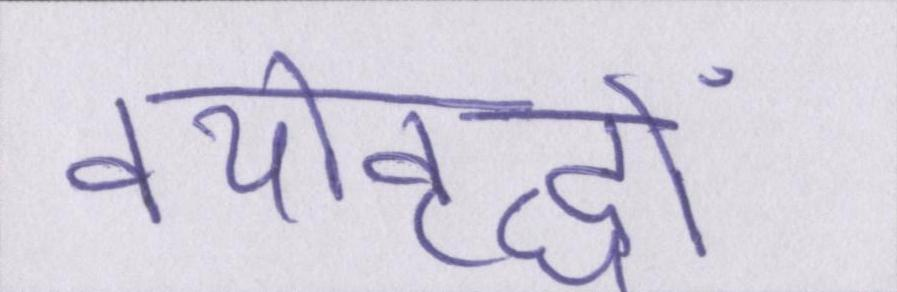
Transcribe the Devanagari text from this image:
वयोवृद्धों